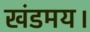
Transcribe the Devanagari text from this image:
खंडमय।